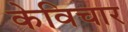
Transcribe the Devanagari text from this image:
केविचार